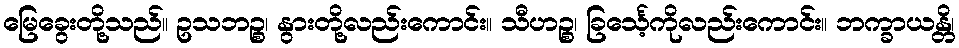
မြေခွေးတို့သည်။ ဥသဘဉ္စ၊ နွားတို့လည်းကောင်း။ သီဟဉ္စ၊ ခြင်္သေ့ကိုလည်းကောင်း။ ဘက္ခာယန္တိ၊